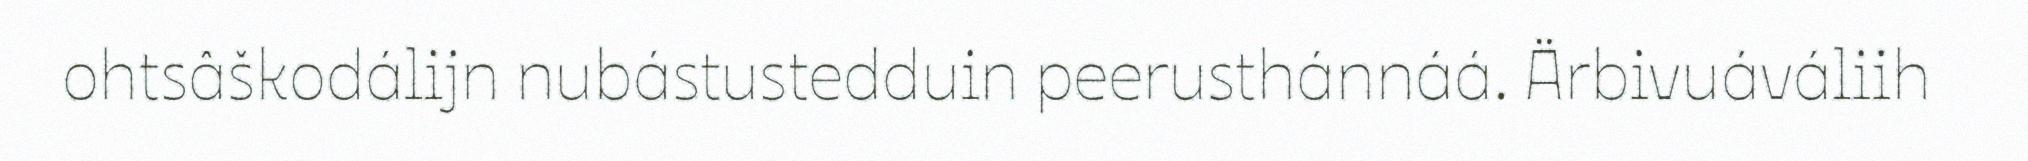
ohtsâškodálijn nubástustedduin peerusthánnáá. Ärbivuáváliih